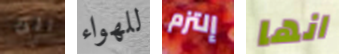
انت للهواء إلتزم انها